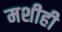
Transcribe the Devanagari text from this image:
मशीही